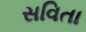
સવિતા